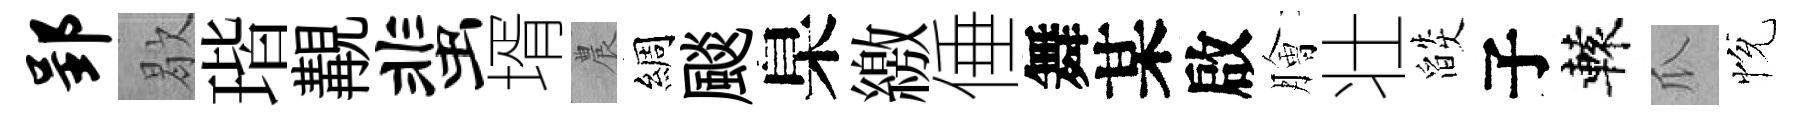
郢歇瑎覯蜚壻農綢颷臬繳倕舞某啟膾壮燄子轅瓜恱